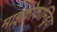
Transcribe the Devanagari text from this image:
माइक्रोकान्ड्रिया